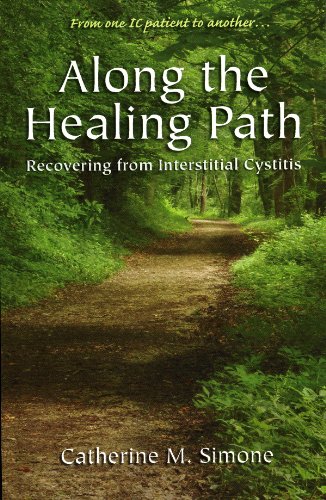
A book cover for Along the Healing Path : Recovering from Interstitial Cystitis; Catherine M. Simone; Health, Fitness & Dieting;